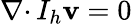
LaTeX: \nabla\cdotp I_{h}\mathbf{v}=0